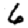
Digit: 6